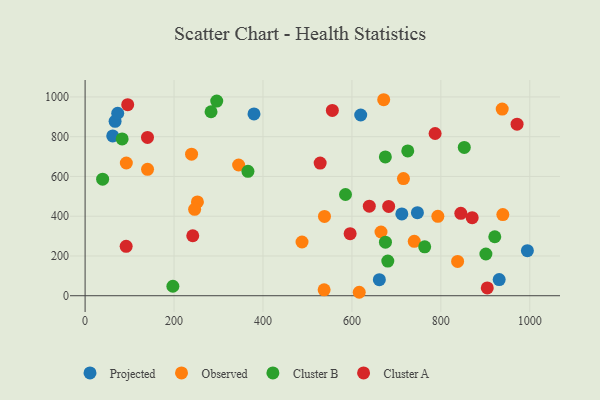
{"axis": {"x": "Engine Size", "y": "Exam Score"}, "legend": ["Cluster A", "Cluster B", "Observed", "Projected"], "data": [{"x": "379.8", "y": 914.5, "type": "Projected"}, {"x": "67.4", "y": 877.4, "type": "Projected"}, {"x": "62.1", "y": 803.8, "type": "Projected"}, {"x": "73.3", "y": 917.9, "type": "Projected"}, {"x": "994.6", "y": 226.5, "type": "Projected"}, {"x": "619.8", "y": 909.1, "type": "Projected"}, {"x": "931.2", "y": 81.4, "type": "Projected"}, {"x": "747.3", "y": 417.9, "type": "Projected"}, {"x": "661.7", "y": 80.8, "type": "Projected"}, {"x": "712.3", "y": 411.7, "type": "Projected"}, {"x": "715.9", "y": 589.5, "type": "Observed"}, {"x": "671.5", "y": 985.9, "type": "Observed"}, {"x": "487.8", "y": 270.4, "type": "Observed"}, {"x": "252.6", "y": 472.0, "type": "Observed"}, {"x": "665.4", "y": 320.5, "type": "Observed"}, {"x": "239.4", "y": 711.8, "type": "Observed"}, {"x": "616.5", "y": 17.4, "type": "Observed"}, {"x": "345.2", "y": 657.5, "type": "Observed"}, {"x": "938.0", "y": 938.9, "type": "Observed"}, {"x": "793.3", "y": 399.5, "type": "Observed"}, {"x": "140.4", "y": 635.7, "type": "Observed"}, {"x": "537.5", "y": 29.9, "type": "Observed"}, {"x": "92.7", "y": 667.7, "type": "Observed"}, {"x": "538.3", "y": 398.8, "type": "Observed"}, {"x": "837.7", "y": 172.4, "type": "Observed"}, {"x": "740.2", "y": 273.7, "type": "Observed"}, {"x": "939.4", "y": 408.4, "type": "Observed"}, {"x": "246.3", "y": 434.7, "type": "Observed"}, {"x": "725.6", "y": 728.5, "type": "Cluster B"}, {"x": "585.6", "y": 509.3, "type": "Cluster B"}, {"x": "83.3", "y": 788.6, "type": "Cluster B"}, {"x": "197.4", "y": 47.6, "type": "Cluster B"}, {"x": "852.7", "y": 746.0, "type": "Cluster B"}, {"x": "283.2", "y": 925.4, "type": "Cluster B"}, {"x": "366.2", "y": 625.9, "type": "Cluster B"}, {"x": "680.7", "y": 174.4, "type": "Cluster B"}, {"x": "921.3", "y": 296.6, "type": "Cluster B"}, {"x": "675.4", "y": 269.3, "type": "Cluster B"}, {"x": "39.4", "y": 586.1, "type": "Cluster B"}, {"x": "763.7", "y": 245.9, "type": "Cluster B"}, {"x": "901.3", "y": 209.8, "type": "Cluster B"}, {"x": "675.2", "y": 698.0, "type": "Cluster B"}, {"x": "296.0", "y": 978.9, "type": "Cluster B"}, {"x": "242.1", "y": 301.8, "type": "Cluster A"}, {"x": "787.1", "y": 816.0, "type": "Cluster A"}, {"x": "904.4", "y": 39.3, "type": "Cluster A"}, {"x": "870.5", "y": 392.4, "type": "Cluster A"}, {"x": "971.4", "y": 863.1, "type": "Cluster A"}, {"x": "95.8", "y": 961.1, "type": "Cluster A"}, {"x": "639.1", "y": 450.5, "type": "Cluster A"}, {"x": "596.0", "y": 312.4, "type": "Cluster A"}, {"x": "844.9", "y": 414.4, "type": "Cluster A"}, {"x": "682.7", "y": 449.3, "type": "Cluster A"}, {"x": "556.0", "y": 932.1, "type": "Cluster A"}, {"x": "92.3", "y": 248.7, "type": "Cluster A"}, {"x": "140.3", "y": 796.3, "type": "Cluster A"}, {"x": "528.6", "y": 667.1, "type": "Cluster A"}]}